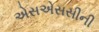
એસએસસીની